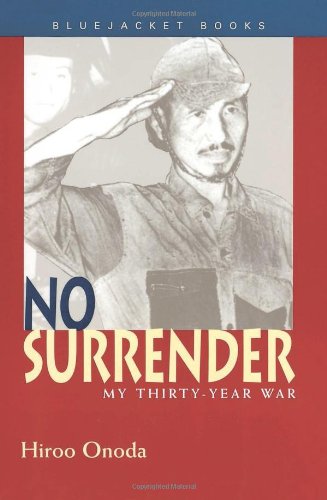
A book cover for No Surrender: My Thirty-Year War; Hiroo Onoda; History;